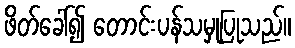
ဖိတ်ခေါ်၍ တောင်းပန်သမှုပြုသည်။